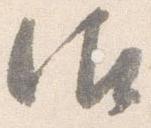
御